Scottish Certificate of Education, 1962
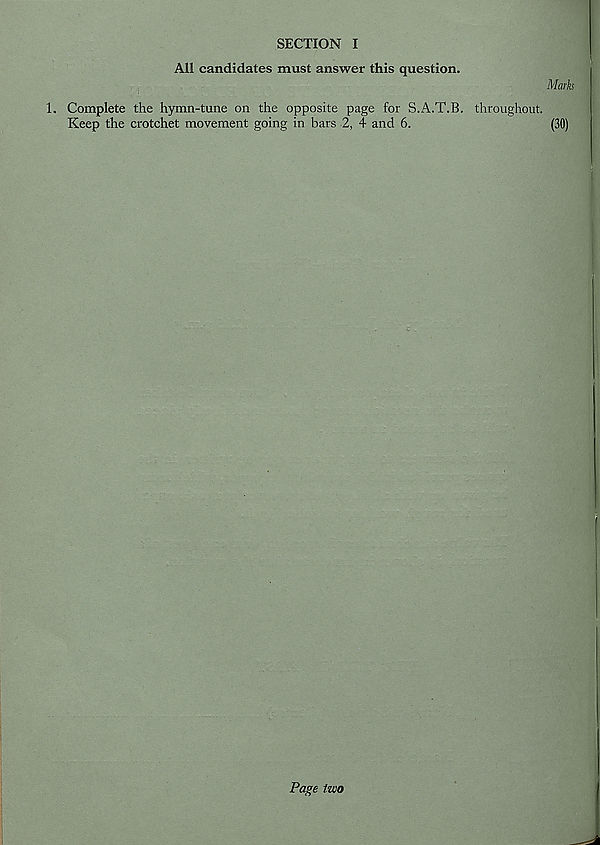
SECTION I
All candidates must answer this question.
Marks
1. Complete the hymn-tune on the opposite page for S.A.T.B. throughout.
Keep the crotchet movement going in bars 2, 4 and 6.
(30)
Page two